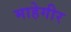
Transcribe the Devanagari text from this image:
माहेगीर